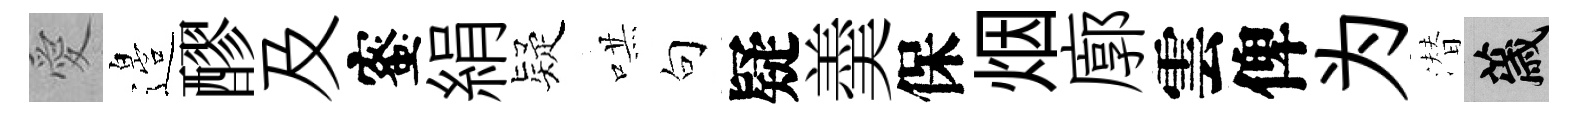
愛邉醪及蜜絹疑哄句疑羮保烟廓雲俾为潜薉